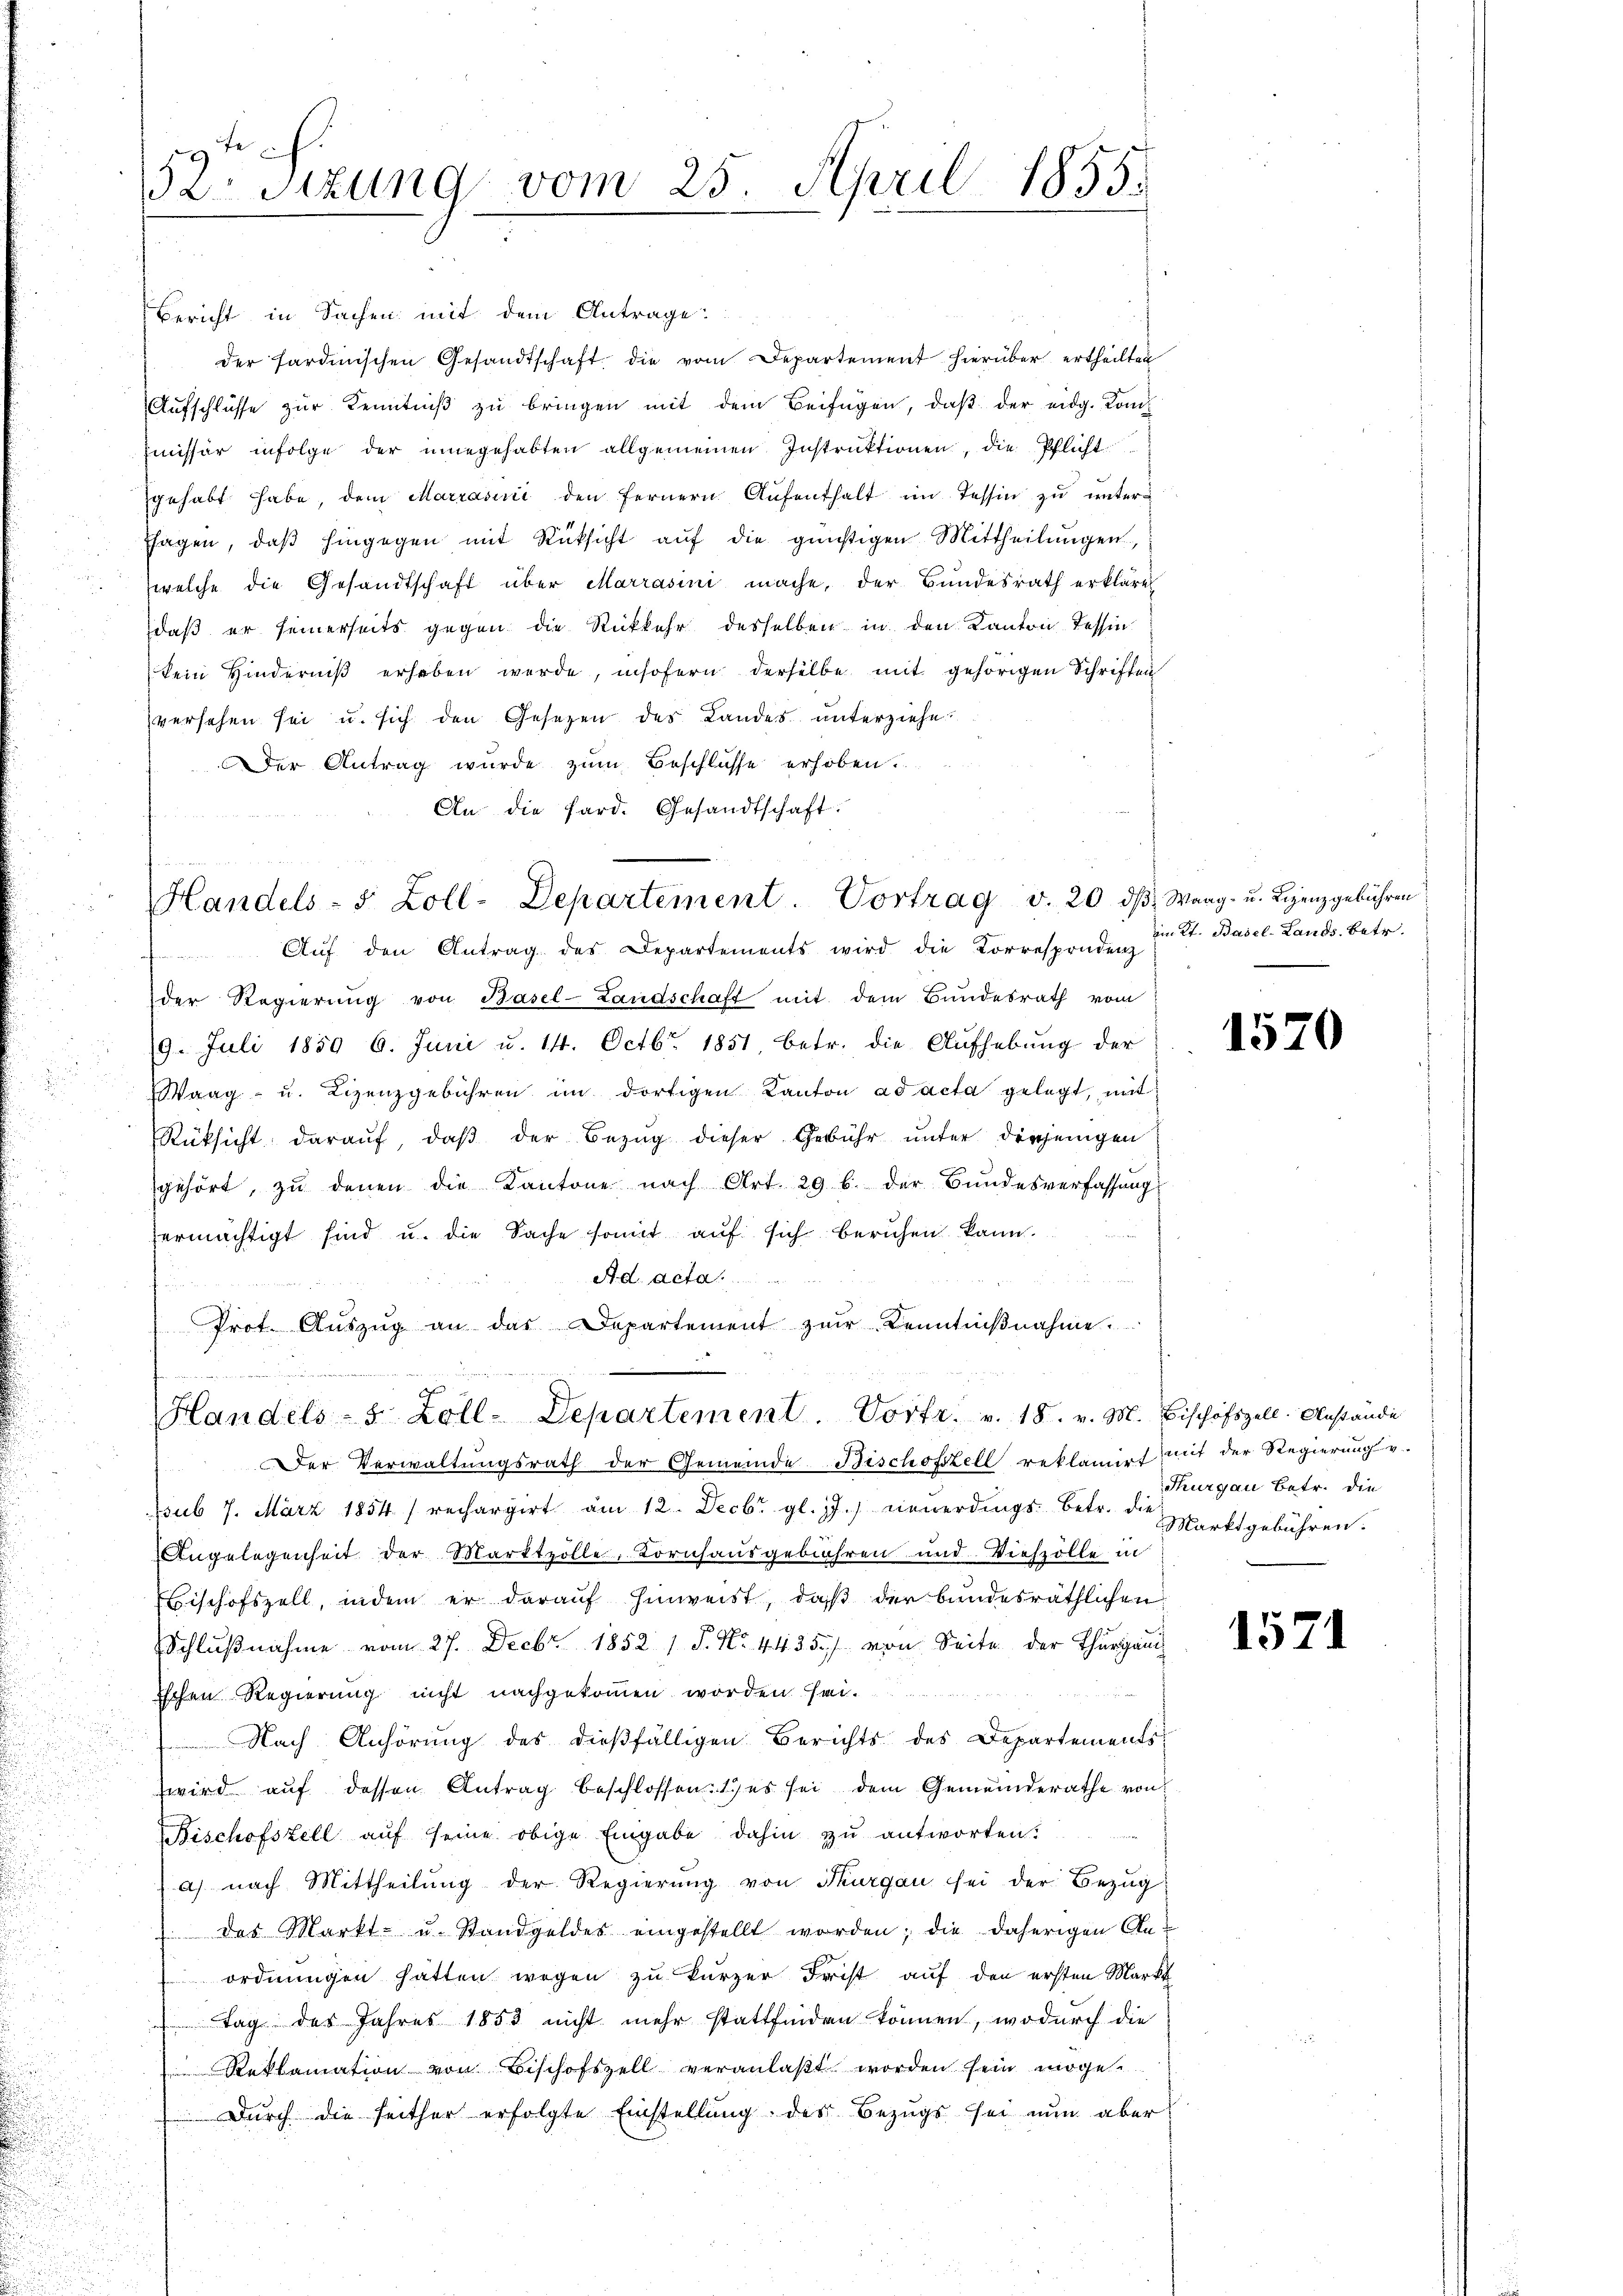
52. Sitzung vom 25. April 1855.
.

Bericht in Sachen mit dem Antrage
der sardinischen Gesandtschaft die vom Departement hierüber ertheilten
Aŭfschlüsse zŭr Kenntniβ zŭ bringen mit dem Beifügen, daβ der eidg. Kon-
missär infolge der innegehabten allgemeinen Instruktionen, die Pflicht
gehabt habe, dem Marrašić den fernern Aŭfenthalt im Tessin zu untersagen, daβ hingegen mit Rücksicht aŭf die günstigen Mittheilŭngen,
welche die Gesandtschaft über Marrasini mache, der Bundesrath erkläret
daß er seinerseits gegen die Rückkehr desselben in den Kanton Tessin
kein Hinderniβ erhoben werde, insofern derselbe mit gehörigen Schriften
versehen sei u. sich den Gesetzen des Landes unterziehe¬
Der Antrag wurde zum Beschlüsse erhoben.
An die Sard. Gesandtschaft.

Handels- 5 Zoll-Departement. Vortrag v. 20:

Handels- 8 Zoll-Departement. Vortr. v. 18. v. M. Bischofszell. Anstände

Aŭf den Antrag des Departements wird die Korresprudenz
der Regierŭng von Basel-Landschaft mit dem Bundesrath vom
19. Juli 1859 6. Juni u. 14. Octbr. 1851 betr. die Aufhebung der
Waag- u. Lizenzgebühren im dortigen Kanton ad acta gelegt, mit
Rüksicht darauf, daß der Bezug dieser Gebühr unter diejenigen
gehört, zŭ denen die Kantone nach Art. 29 b. der Bundesverfassung
ermächtigt sind u. die Sache somit auf sich beruhen kann.
Ad acta
Prot. Aŭszŭg an das Departement zur Kenntniβnahme.
u

d Waag- u. Lizenzgebühren
im Kt. Basel-Lands, betr.

Der Verwaltungsrath der Gemeinde Bischofzell reklamirt mit der Regierung v.
sub 7. März 1854) rechargirt am 12. Decbr. gl. J. neŭerdings betr. die Marktgebühren.
Angelegenheit der Marktzölle, Kornhausgebühren und Viehzolle in
Bischofszell, indem er darauf hinweist, daß der bundesräthlichen
Schlŭβnahme vom 27. Decbr 1852 1 S. Nr. 4435. von Seite der Thurgau
Eschen Regierung nicht nachgekommen worden sei.
Nach Anhörung des dießfälligen Berichts des Departements-
wird auf dessen Antrag beschlossen: 1) es sei dem Gemeinderathe von
Bischofszell auf seine obige Eingabe dahin zu antworten.
a) nach Mittheilung der Regierŭng von Thurgau sei der Bezŭg
 des Markt- u. Standgeldes eingestellt worden; die daherigen Anordnungen hätten wegen zu kurzer Frist auf den ersten Markt
Tag des Jahres 1853 nicht mehr stattfinden können, wodurch die
Reklamation von Bischofszell veranlaßt worden sein möge.
Durch die seither erfolgte Einstellung des Bezugs sei nun aber

1570

Thurgau Betr. die

1571